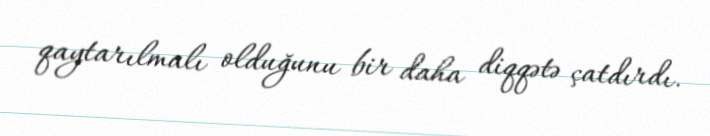
qaytarılmalı olduğunu bir daha diqqətə çatdırdı.